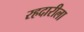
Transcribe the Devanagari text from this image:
रहदारीला